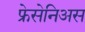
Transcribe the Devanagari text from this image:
फ्रेसेनिअस